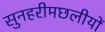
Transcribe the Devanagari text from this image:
सुनहरीमछलीयों